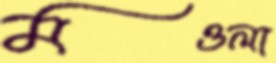
মওলা